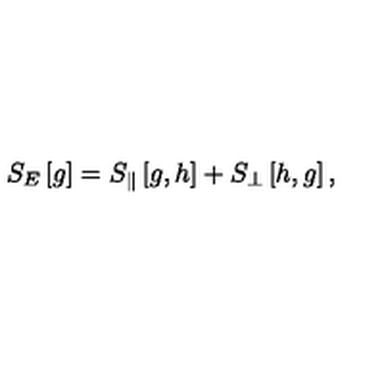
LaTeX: S _ { E } \left[ g \right] = S _ { \| } \left[ g , h \right] + S _ { \perp } \left[ h , g \right] ,